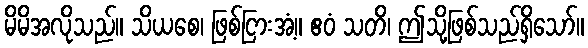
မိမိအလိုသည်။ သိယစေ၊ ဖြစ်ငြားအံ့။ ဧဝံ သတိ၊ ဤသို့ဖြစ်သည်ရှိသော်။